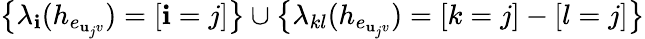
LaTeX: \big\{ \lambda_{\mathbf{i}}(h_{e_{\mathbf{u}_{j}v}})=[\mathbf{i}=j]\big\} \cup\big\{ \lambda_{kl}(h_{e_{\mathbf{u}_{j}v}})=[k=j]-[l=j]\big\}